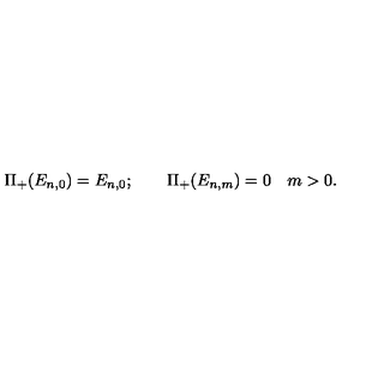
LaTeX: \Pi _ { + } ( E _ { n , 0 } ) = E _ { n , 0 } ; \qquad \Pi _ { + } ( E _ { n , m } ) = 0 \quad m > 0 .